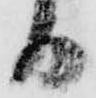
る